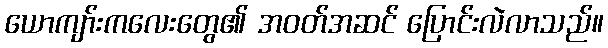
ယောကျာ်းကလေးတွေ၏ အဝတ်အဆင် ပြောင်းလဲလာသည်။